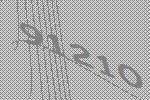
91210